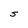
Character: S